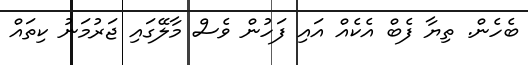
ބެހެން. ތިޔާ ފެބް އެކެއް އައި ފަހުން ވެސް މާލޭގައި ޖަރުމަނު ކިތައް